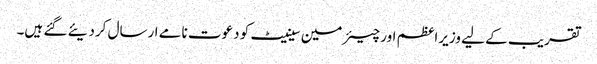
تقریب کے لیے وزیراعظم اور چیئرمین سینیٹ کو دعوت نامے ارسال کردیئے گئے ہیں۔